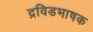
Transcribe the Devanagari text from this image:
द्रविडभाषक